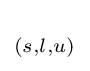
_{(s,l,u)}